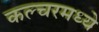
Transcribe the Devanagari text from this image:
कल्चरमध्ये